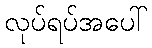
လုပ်ရပ်အပေါ်